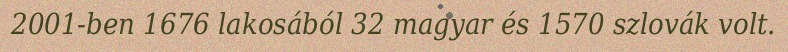
2001-ben 1676 lakosából 32 magyar és 1570 szlovák volt.